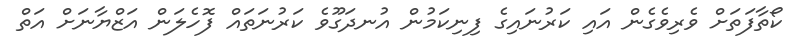
ކޯތާފަތަށް ވެރިވެގެން އައި ކަރުނައިގެ ފިނިކަމުން އުނދަގޫވެ ކަރުނަތައް ފޮހެލަން އަޒްޔާނަށް އަތް